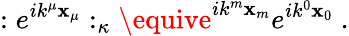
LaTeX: :e^{ik^{\mu}\mathbf{x}_{\mu}}:_{\kappa}\equive^{ik^{m}\mathbf{x}_{m}}e^{ik^{0}\mathbf{x}_{0}}~.